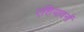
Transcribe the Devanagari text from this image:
एशियावनों